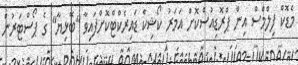
މެޑޮކް ފިލްމްސް އިން ޕްރޮޑިއުސްކޮށް އަމަރު ކޯޝިކް ޑައިރެކްޓްކޮށްފައިވާ "ބޭޅިޔާ" ގެ ޕޯސްޓަރުން